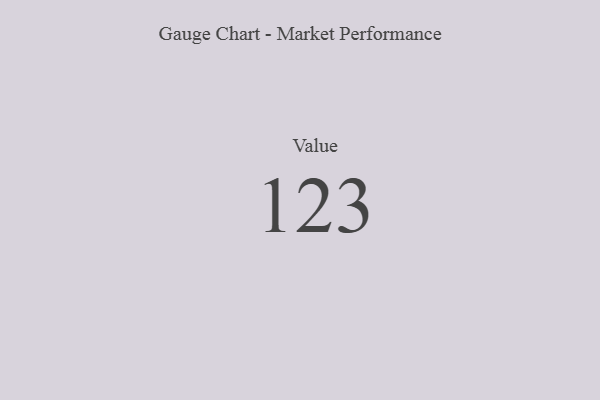
{"axis": {"x": "Metric", "y": "Value"}, "legend": [""], "data": [{"x": "Value", "y": 123, "type": ""}]}